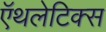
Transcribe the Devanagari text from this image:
ऍथलेटिक्स